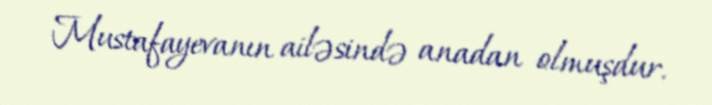
Mustafayevanın ailəsində anadan olmuşdur.